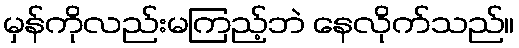
မှန်ကိုလည်းမကြည့်ဘဲ နေလိုက်သည်။